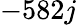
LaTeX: -582j